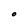
Character: O